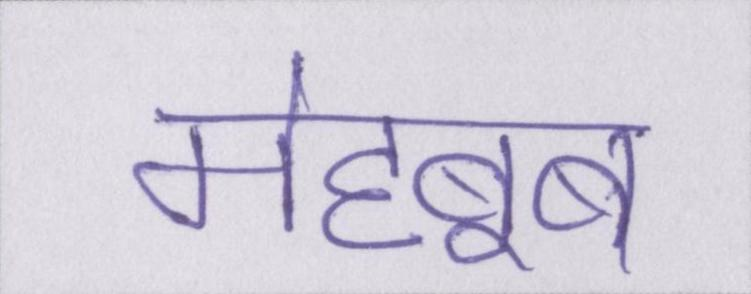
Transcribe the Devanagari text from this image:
मेह्बूब